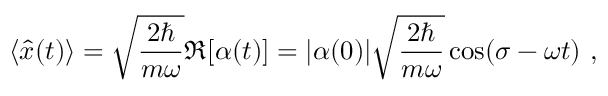
\langle { \hat { x } } ( t ) \rangle = { \sqrt { \frac { 2 \hbar } { m \omega } } } \Re [ \alpha ( t ) ] = | \alpha ( 0 ) | { \sqrt { \frac { 2 \hbar } { m \omega } } } \cos ( \sigma - \omega t ) ~ ,